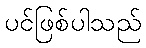
ပင်ဖြစ်ပါသည်